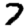
Digit: 7